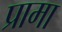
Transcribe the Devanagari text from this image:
प्रामा